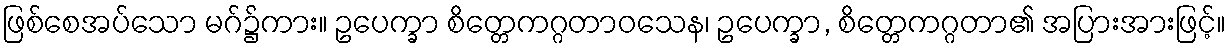
ဖြစ်စေအပ်သော မဂ်၌ကား။ ဥပေက္ခာ စိတ္တေကဂ္ဂတာဝသေန၊ ဥပေက္ခာ, စိတ္တေကဂ္ဂတာ၏ အပြားအားဖြင့်။